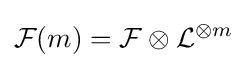
{\mathcal {F}}(m)={\mathcal {F}}\otimes {\mathcal {L}}^{\otimes m}